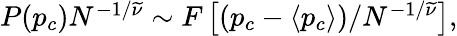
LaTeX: \begin{array}{r}{P(p_{c})N^{-1/\widetilde\nu}\sim F\left[\left(p_{c}-\left\langle p_{c}\right\rangle\right)/N^{-1/\widetilde\nu}\right],}\end{array}